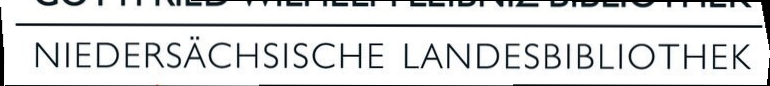
NIEDERSÄCHSISCHE LANDESBIBLIOTHEK